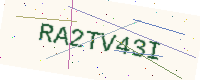
Text: RA2TV43I